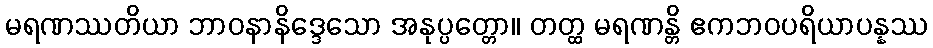
မရဏဿတိယာ ဘာဝနာနိဒ္ဒေသော အနုပ္ပတ္တော။ တတ္ထ မရဏန္တိ ဧကဘဝပရိယာပန္နဿ